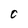
Character: C